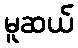
မူဆယ်